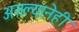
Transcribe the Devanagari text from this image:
असल्यानेही